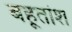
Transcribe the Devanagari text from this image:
बहूतांश